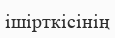
ішірткісінің